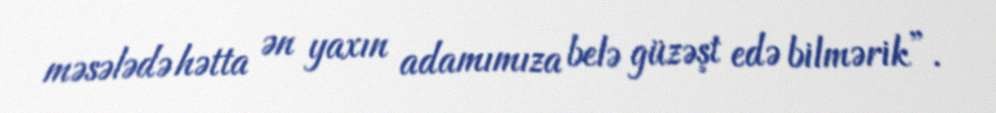
məsələdə hətta ən yaxın adamımıza belə güzəşt edə bilmərik”.